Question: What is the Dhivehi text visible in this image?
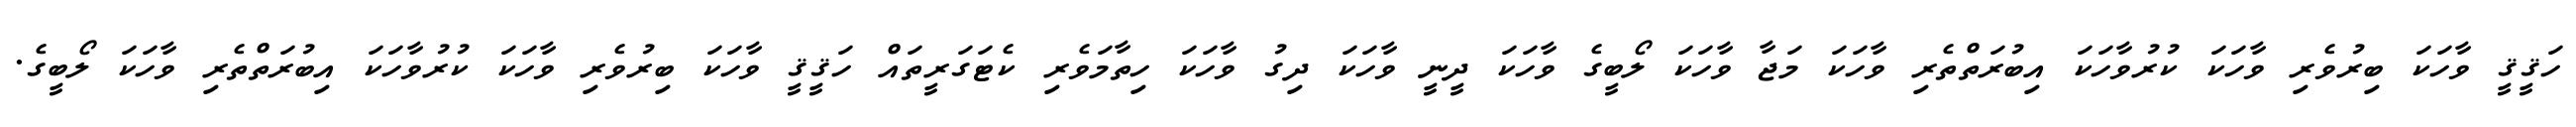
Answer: ހަޤީޤީ ވާހަކަ ބިރުވެރި ވާހަކަ ކުރުވާހަކަ އިބުރަތްތެރި ވާހަކަ މަޖާ ވާހަކަ ލޯބީގެ ވާހަކަ ދީނީ ވާހަކަ ދިގު ވާހަކަ ހިތާމަވެރި ކެޓަގަރީތައް ހަޤީޤީ ވާހަކަ ބިރުވެރި ވާހަކަ ކުރުވާހަކަ އިބުރަތްތެރި ވާހަކަ ލޯބީގެ.